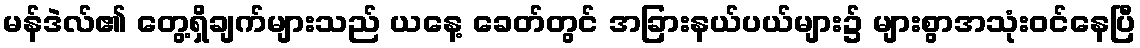
မန်ဒဲလ်၏ တွေ့ရှိချက်များသည် ယနေ့ ခေတ်တွင် အခြားနယ်ပယ်များ၌ များစွာအသုံးဝင်နေပြီ